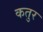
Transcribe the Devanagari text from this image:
कतुर